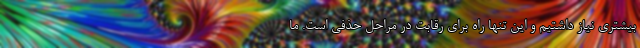
بیشتری نیاز داشتیم و این تنها راه برای رقابت در مراحل حذفی است. ما